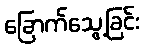
ခြောက်သွေ့ခြင်း